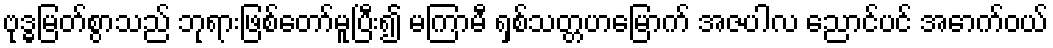
ဗုဒ္ဓမြတ်စွာသည် ဘုရားဖြစ်တော်မူပြီး၍ မကြာမီ ရှစ်သတ္တဟမြောက် အဇပါလ ညောင်ပင် အောက်ဝယ်